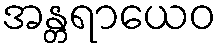
အန္တရာယေဝ